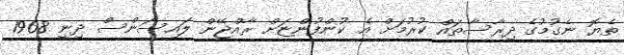
ތެޔޮ ނެގުމުގެ ދިރާސާތައް ކުރުމަށް އެ ކުންފުންޏަށް ރާއްޖޭން ލައިސަންސް ދިނީ 1968